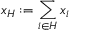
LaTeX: x _ { H } : = \sum _ { i \in H } x _ { i }